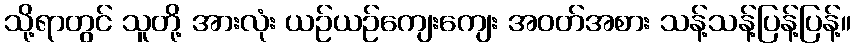
သို့ရာတွင် သူတို့ အားလုံး ယဉ်ယဉ်ကျေးကျေး အဝတ်အစား သန့်သန့်ပြန့်ပြန့်။